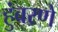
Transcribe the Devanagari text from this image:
हुंबरणे